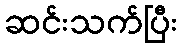
ဆင်းသက်ပြီး